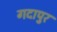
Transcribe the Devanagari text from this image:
गदापुर